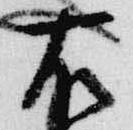
右